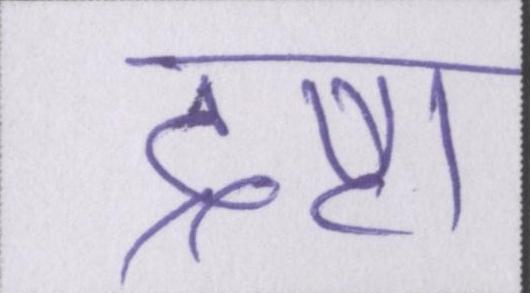
द्रष्टा